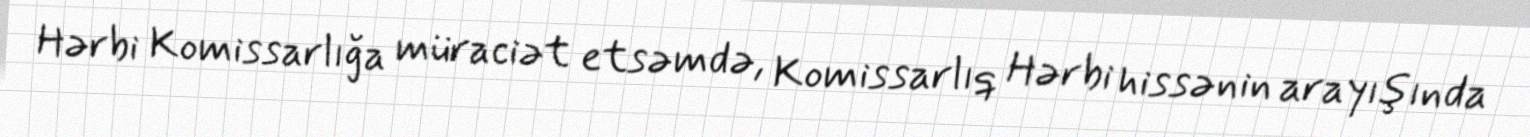
Hərbi Komissarlığa müraciət etsəmdə, Komissarlıq Hərbi hissənin arayışında